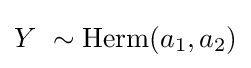
Y\ \sim \operatorname {Herm} (a_{1},a_{2})